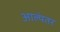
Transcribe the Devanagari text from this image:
आल्यंतर